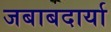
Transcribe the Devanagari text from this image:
जबाबदार्या